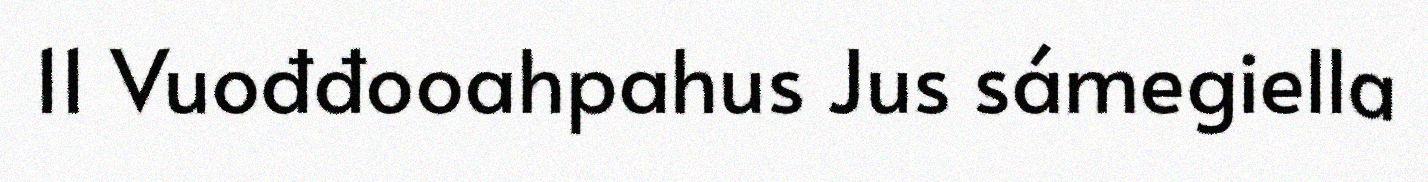
11 Vuođđooahpahus Jus sámegiella